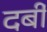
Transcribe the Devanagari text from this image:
दर्बी